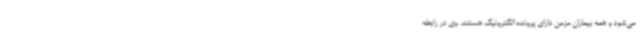
می‌شود و همه بیماران مزمن دارای پرونده الکترونیک هستند. وی در رابطه